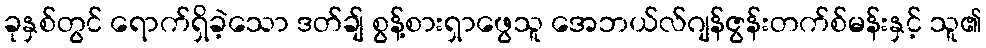
ခုနှစ်တွင် ရောက်ရှိခဲ့သော ဒတ်ချ် စွန့်စားရှာဖွေသူ အေဘယ်လ်ဂျန်ဇွန်းတက်စ်မန်းနှင့် သူ၏